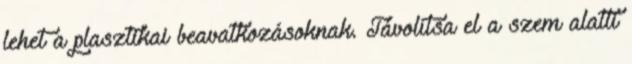
lehet a plasztikai beavatkozásoknak. Távolítsa el a szem alatti